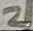
Text: 2